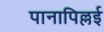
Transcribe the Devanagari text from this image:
पानापिल्लई